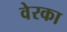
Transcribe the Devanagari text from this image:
वेरका